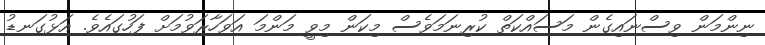
ނިންމަން ވިސްނައިގެން މަސައްކަތް ކުރިނަމަވެސް މިކަން މިވީ މަންމަ އަވަހާރަވުމަށް ފަހުގައެވެ. އަޅުގަނޑު